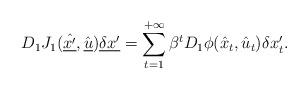
LaTeX: \begin{align*}D_1 J_1(\hat{\underline{x'}}, \hat{\underline{u}}) \underline{\delta x'} = \sum_{t=1}^{+\infty} \beta^t D_1 \phi(\hat{x}_t, \hat{u}_t) \delta x'_t.\end{align*}